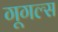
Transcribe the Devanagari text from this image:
गूगल्स